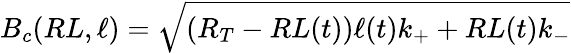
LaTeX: B_{c}(RL,\ell)=\sqrt{(R_{T}-RL(t))\ell(t)k_{+}+RL(t)k_{-}}